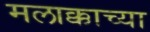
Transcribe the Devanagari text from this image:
मलाक्काच्या